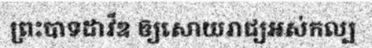
ព្រះបាទដាវីឌ ឲ្យសោយរាជ្យអស់កល្ប